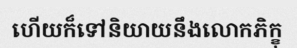
ហើយក៏ទៅនិយាយនឹងលោកភិក្ខុ